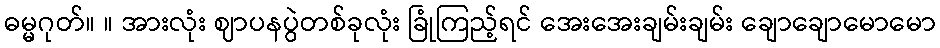
ဓမ္မဂုတ်။ ။ အားလုံး ဈာပနပွဲတစ်ခုလုံး ခြုံကြည့်ရင် အေးအေးချမ်းချမ်း ချောချောမောမော